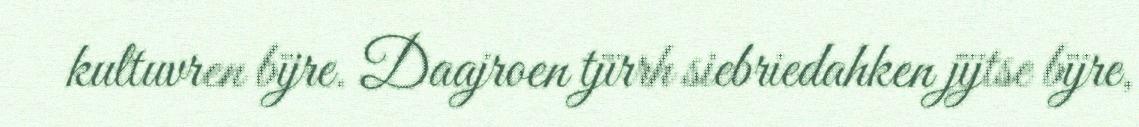
kultuvren bïjre. Daajroen tjïrrh siebriedahken jïjtse bïjre,